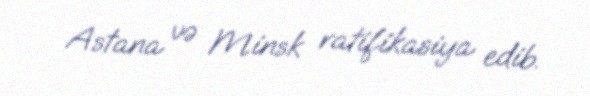
Astana və Minsk ratifikasiya edib.